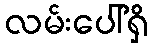
လမ်းပေါ်ရှိ